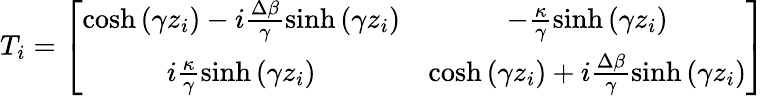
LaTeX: T_{i}=\left[\begin{array}{cc}{\cosh\left(\gamma z_{i}\right)-i\frac{\Delta\beta}{\gamma}\sinh\left(\gamma z_{i}\right)}&{-\frac{\kappa}{\gamma}\sinh\left(\gamma z_{i}\right)}\\ {i\frac{\kappa}{\gamma}\sinh\left(\gamma z_{i}\right)}&{\cosh\left(\gamma z_{i}\right)+i\frac{\Delta\beta}{\gamma}\sinh\left(\gamma z_{i}\right)}\end{array}\right]